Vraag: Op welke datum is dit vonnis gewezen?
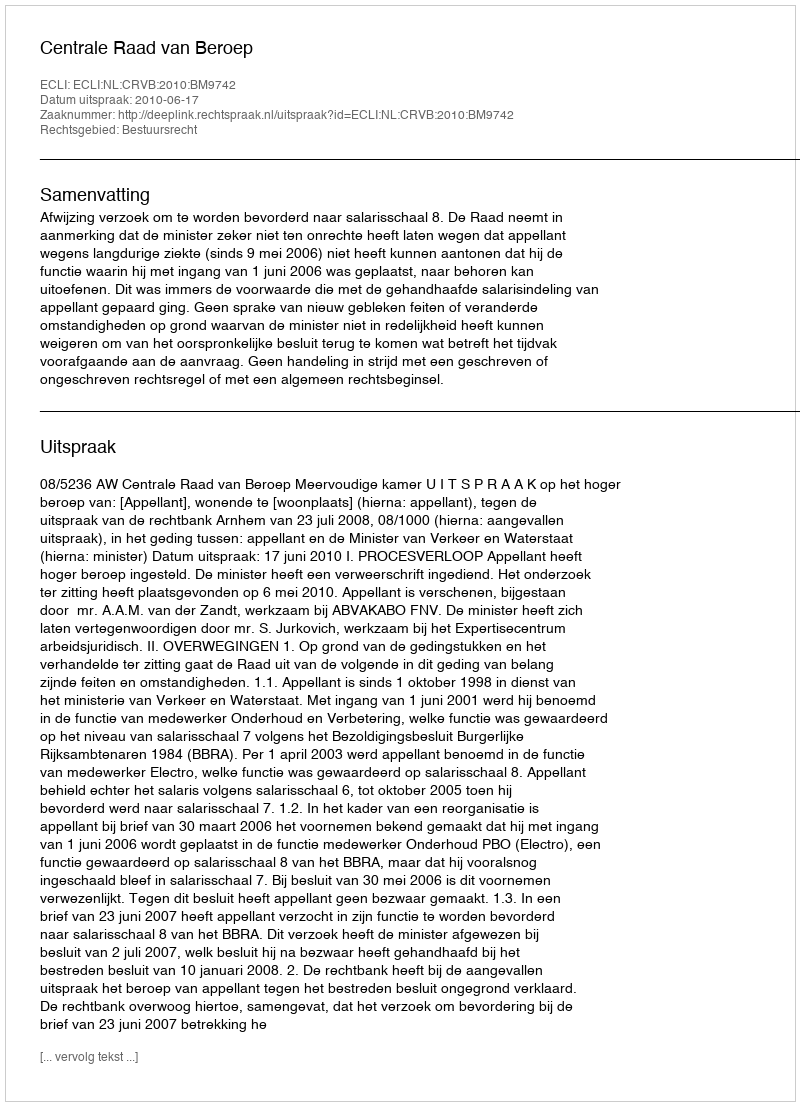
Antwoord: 2010-06-17